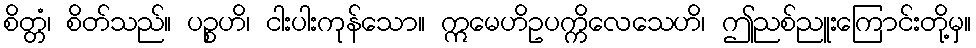
စိတ္တံ၊ စိတ်သည်။ ပဉ္စဟိ၊ ငါးပါးကုန်သော။ ဣမေဟိဥပက္ကိလေသေဟိ၊ ဤညစ်ညူးကြောင်းတို့မှ။